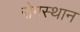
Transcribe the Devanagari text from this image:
रोगस्थान